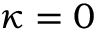
\kappa = 0